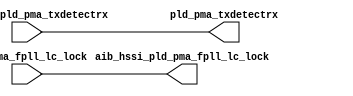
// SPDX-License-Identifier: Apache-2.0
// Copyright (C) 2019 Intel Corporation. All rights reserved
module c3aibadapt_txasync_direct (
// PCS IF
input	wire		pld_pma_fpll_lc_lock,

// AIB IF
input   wire            aib_hssi_pld_pma_txdetectrx,

// PCS IF
output	wire		pld_pma_txdetectrx,

// AIB IF
output  wire            aib_hssi_pld_pma_fpll_lc_lock

);


assign pld_pma_txdetectrx            = aib_hssi_pld_pma_txdetectrx;
assign aib_hssi_pld_pma_fpll_lc_lock = pld_pma_fpll_lc_lock;

endmodule